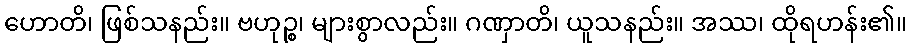
ဟောတိ၊ ဖြစ်သနည်း။ ဗဟုဉ္စ၊ များစွာလည်း။ ဂဏှာတိ၊ ယူသနည်း။ အဿ၊ ထိုရဟန်း၏။